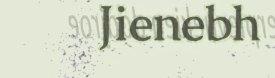
Jienebh